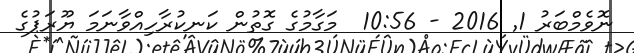
ނޮވެމްބަރު 1